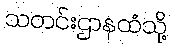
သတင်းဌာနထံသို့